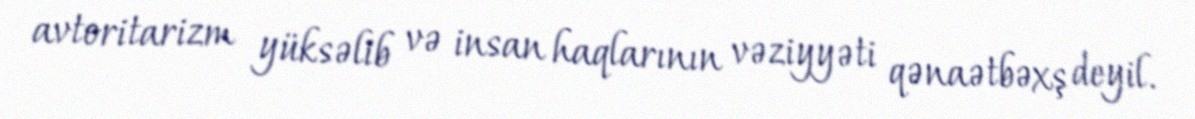
avtoritarizm yüksəlib və insan haqlarının vəziyyəti qənaətbəxş deyil.